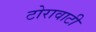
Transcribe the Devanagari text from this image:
टोरावाटी